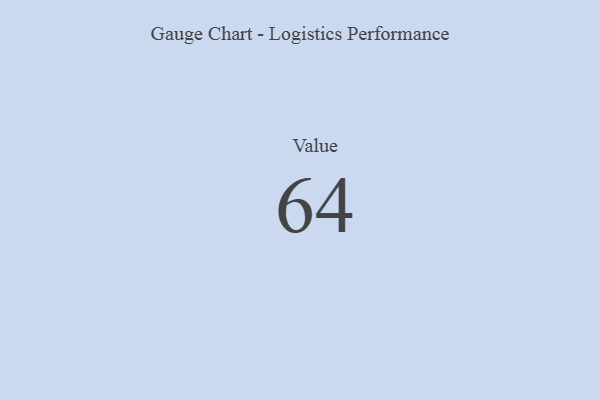
{"axis": {"x": "Metric", "y": "Value"}, "legend": [""], "data": [{"x": "Value", "y": 64, "type": ""}]}